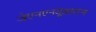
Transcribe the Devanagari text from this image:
जेएनएनयूआरएम